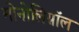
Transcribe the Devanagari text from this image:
मोनोलिग्नॉल